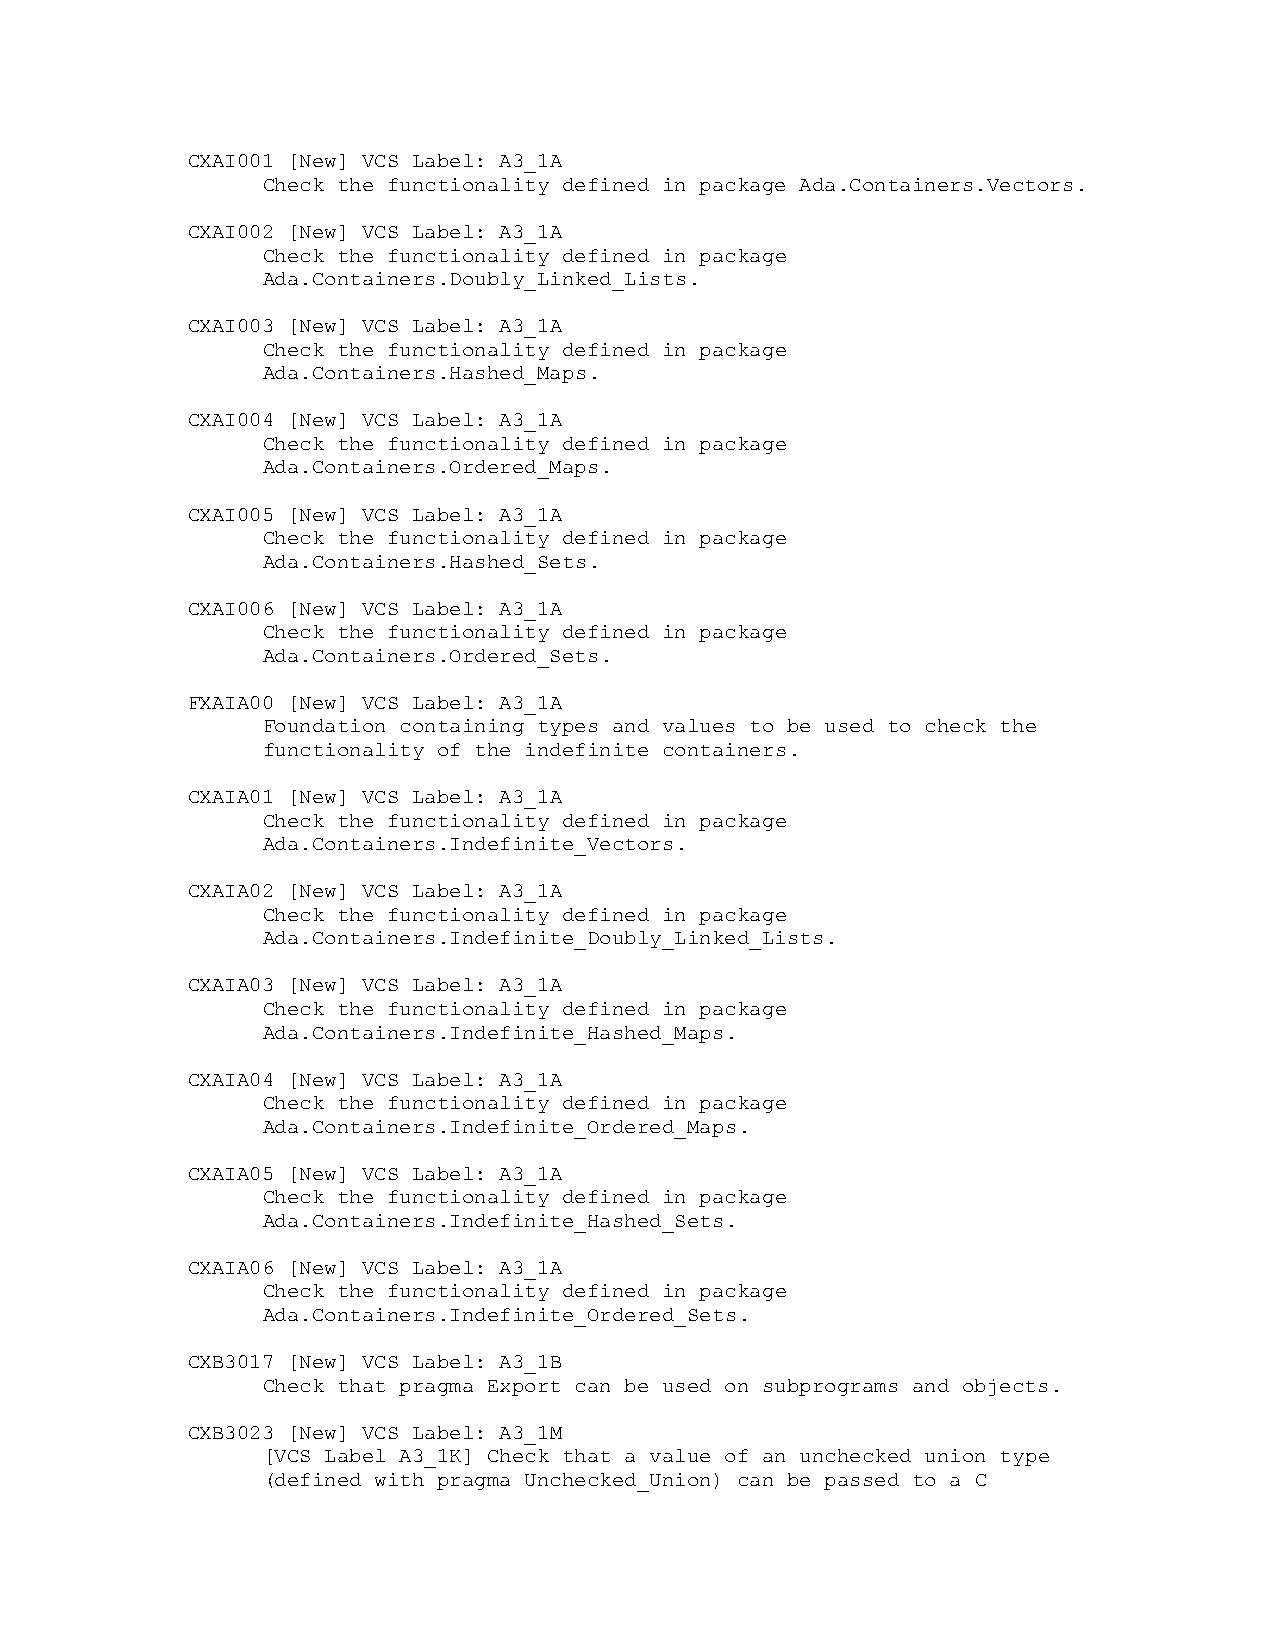
CXAI001 [New] VCS Label: A3_1A
 Check the functionality defined in package Ada.Containers.Vectors.
 CXAI002 [New] VCS Label: A3_1A
 Check the functionality defined in package
 Ada.Containers.Doubly_Linked_Lists.
 CXAI003 [New] VCS Label: A3_1A
 Check the functionality defined in package
 Ada.Containers.Hashed_Maps.
 CXAI004 [New] VCS Label: A3_1A
 Check the functionality defined in package
 Ada.Containers.Ordered_Maps.
 CXAI005 [New] VCS Label: A3_1A
 Check the functionality defined in package
 Ada.Containers.Hashed_Sets.
 CXAI006 [New] VCS Label: A3_1A
 Check the functionality defined in package
 Ada.Containers.Ordered_Sets.
 FXAIA00 [New] VCS Label: A3_1A
 Foundation containing types and values to be used to check the
 functionality of the indefinite containers.
 CXAIA01 [New] VCS Label: A3_1A
 Check the functionality defined in package
 Ada.Containers.Indefinite_Vectors.
 CXAIA02 [New] VCS Label: A3_1A
 Check the functionality defined in package
 Ada.Containers.Indefinite_Doubly_Linked_Lists.
 CXAIA03 [New] VCS Label: A3_1A
 Check the functionality defined in package
 Ada.Containers.Indefinite_Hashed_Maps.
 CXAIA04 [New] VCS Label: A3_1A
 Check the functionality defined in package
 Ada.Containers.Indefinite_Ordered_Maps.
 CXAIA05 [New] VCS Label: A3_1A
 Check the functionality defined in package
 Ada.Containers.Indefinite_Hashed_Sets.
 CXAIA06 [New] VCS Label: A3_1A
 Check the functionality defined in package
 Ada.Containers.Indefinite_Ordered_Sets.
 CXB3017 [New] VCS Label: A3_1B
 Check that pragma Export can be used on subprograms and objects.
 CXB3023 [New] VCS Label: A3_1M
 [VCS Label A3_1K] Check that a value of an unchecked union type
 (defined with pragma Unchecked_Union) can be passed to a C